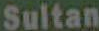
Sultan